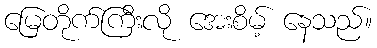
မြေတိုက်ကြီးလို အေးစိမ့် နေသည်။